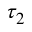
\tau _ { 2 }